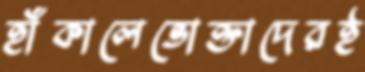
হাঁকালেভোক্তাদেরই